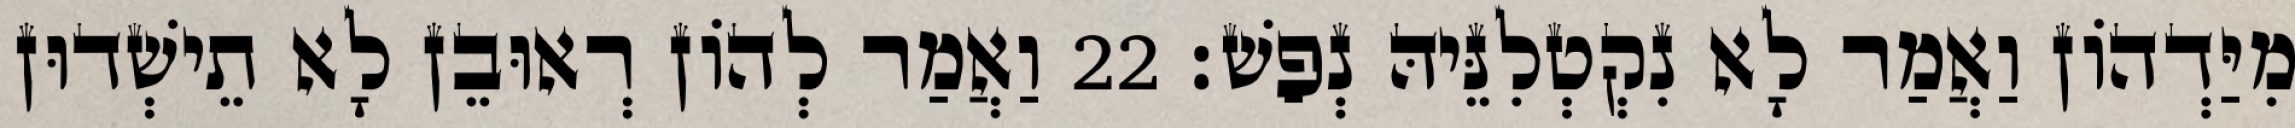
מִיַּדְהוֹן וַאֲמַר לָא נִקְטְלִנֵּיהּ נְפַשׁ׃ 22 וַאֲמַר לְהוֹן רְאוּבֵן לָא תֵישְׁדוּן